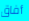
أفاق